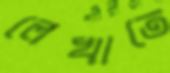
লেখাতে